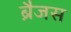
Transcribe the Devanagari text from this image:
ब्रैजस